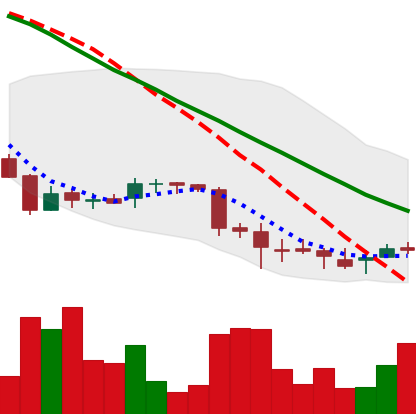
Ticker: DOGE-USD
Chart end date: 2018-07-01
Forward return: 4.339%
Label: up_3_5